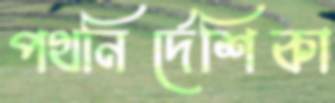
পথনির্দেশিকা